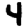
Digit: 4